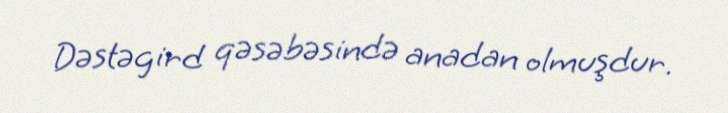
Dəstəgird qəsəbəsində anadan olmuşdur.